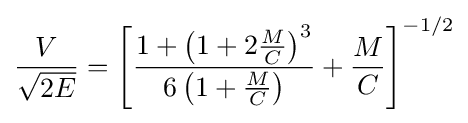
{\frac {V}{\sqrt {2E}}}=\left[{\frac {1+\left(1+2{\frac {M}{C}}\right)^{3}}{6\left(1+{\frac {M}{C}}\right)}}+{\frac {M}{C}}\right]^{-1/2}